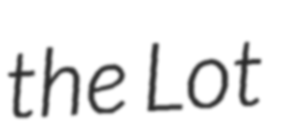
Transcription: the Lot